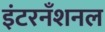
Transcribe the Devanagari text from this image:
इंटरनँशनल